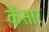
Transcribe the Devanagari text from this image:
कँसार